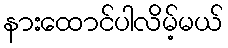
နားထောင်ပါလိမ့်မယ်